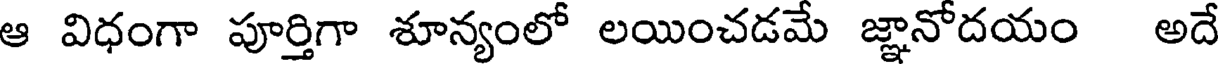
ఆ విధంగా పూర్తిగా శూన్యంలో లయించడమే జ్ఞానోదయం అదే